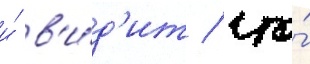
и́ в'и́д'ит / что́